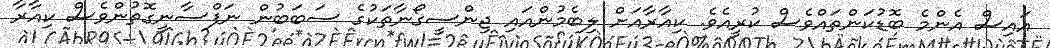
އައިސް އެންމެ ބޮޑުކަންތައްވެސް ކުރީއެވެ. ކިއާރާއަށް ލިބެމުންއައި ޖިންސީގޯނާތަކުގެ ސަބަބުން ނަފްސާނީގޮތުންވެސް ކިއާރާ